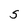
Character: S